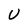
Character: U